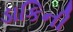
ડાકિની